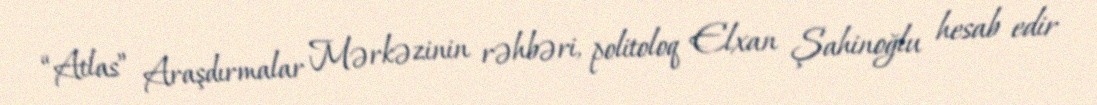
“Atlas” Araşdırmalar Mərkəzinin rəhbəri, politoloq Elxan Şahinoğlu hesab edir